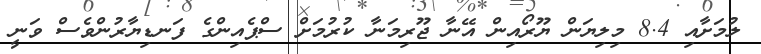
ލުމަށާއި 8.4 މިލިޔަން ޔޫރޯއިން އޭނާ ޖޫރިމަނާ ކުރުމަށް ސްޕެއިންގެ ފަނޑިޔާރުންވެސް ވަނީ